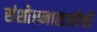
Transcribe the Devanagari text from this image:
संशोधनासाठीची